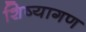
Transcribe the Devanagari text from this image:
शिष्यागण